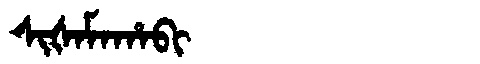
Manchu: ᠰᡳᡧᠠᠮᠠᡥᠠᠪᡳ
Romanization: SIŠAMAHABI